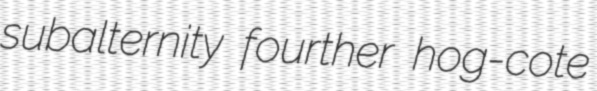
subalternity fourther hog-cote